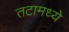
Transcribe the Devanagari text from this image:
तटामध्ये